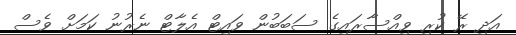
އަދި ރޭ ކުރި ވިއްސާރައިގެ ސަބަބުން ވައިޓް އެލާޓް ނެރުނު ކަމަށް ވެސް